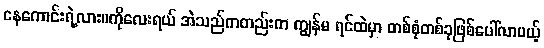
နေကောင်းရဲ့လား။ကိုလေးရယ် အဲသည်ကတည်းက ကျွန်မ ရင်ထဲမှာ တစ်စုံတစ်ခုဖြစ်ပေါ်လာမယ့်